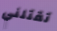
تقتلني